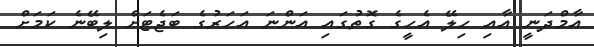
އާމްދަނީ އާއި ހިލޭ އެހީގެ ގޮތުގައި އަންނަ އަހަރުގެ ބަޖެޓަށް ލިބޭނެ ކަމަށް